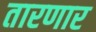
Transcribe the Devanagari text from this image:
तारणार